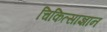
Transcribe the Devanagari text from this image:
चिकित्साज्ञान